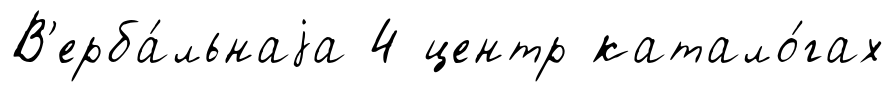
В'ерба́льнаjа 4 центр катало́гах